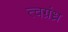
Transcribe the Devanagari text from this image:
त्वग्रंध्र